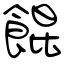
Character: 餛